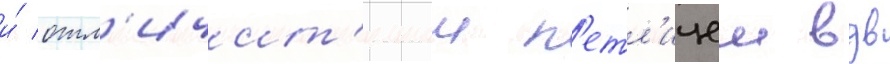
и́ отл'ичит'ельнои п'етл'ицеи вдв